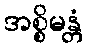
အစ္စိမန္တံ